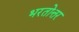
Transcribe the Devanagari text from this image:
भरतोत्तर